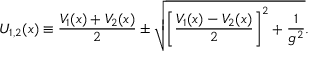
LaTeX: U _ { 1 , 2 } ( x ) \equiv { \frac { V _ { 1 } ( x ) + V _ { 2 } ( x ) } { 2 } } \pm \sqrt { \left[ { \frac { V _ { 1 } ( x ) - V _ { 2 } ( x ) } { 2 } } \right] ^ { 2 } + { \frac { 1 } { g ^ { 2 } } } } .